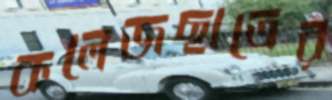
কলেজছাত্রের